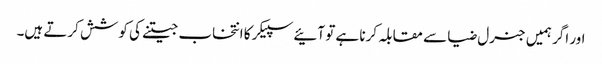
اور اگر ہمیں جنرل ضیا سے مقابلہ کرنا ہے تو آئیے سپیکر کا انتخاب جیتنے کی کوشش کرتے ہیں۔